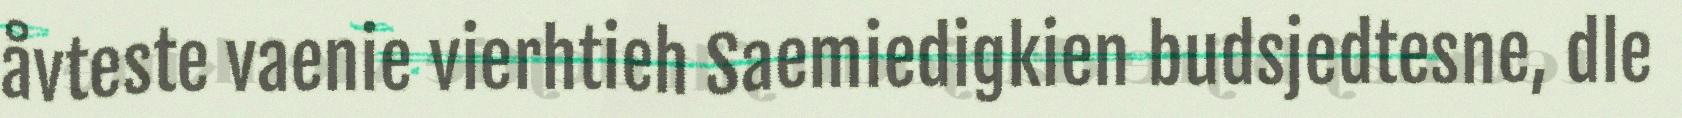
åvteste vaenie vierhtieh Saemiedigkien budsjedtesne, dle